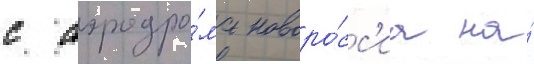
с аэродро́ма новоро́сс'иа на́